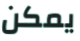
يمكن